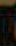
-